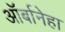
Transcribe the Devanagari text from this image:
ऑर्बानेहा